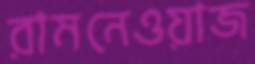
রামনেওয়াজ